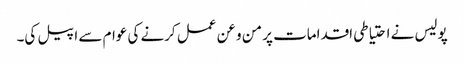
پولیس نے احتیاطی اقدامات پر من و عن عمل کرنے کی عوام سے اپیل کی۔